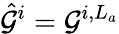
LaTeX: \hat{\mathcal{G}}^{i}=\mathcal{G}^{i,L_{a}}